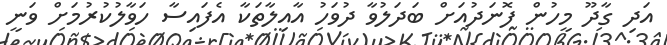
އަދި ގާދޫ މީހުން ފޮނަދުއަށް ބަދަލުވާ ދުވަހު އާއިލާތަކާ އެފައިސާ ހަވާލުކުރުމަށް ވަނީ